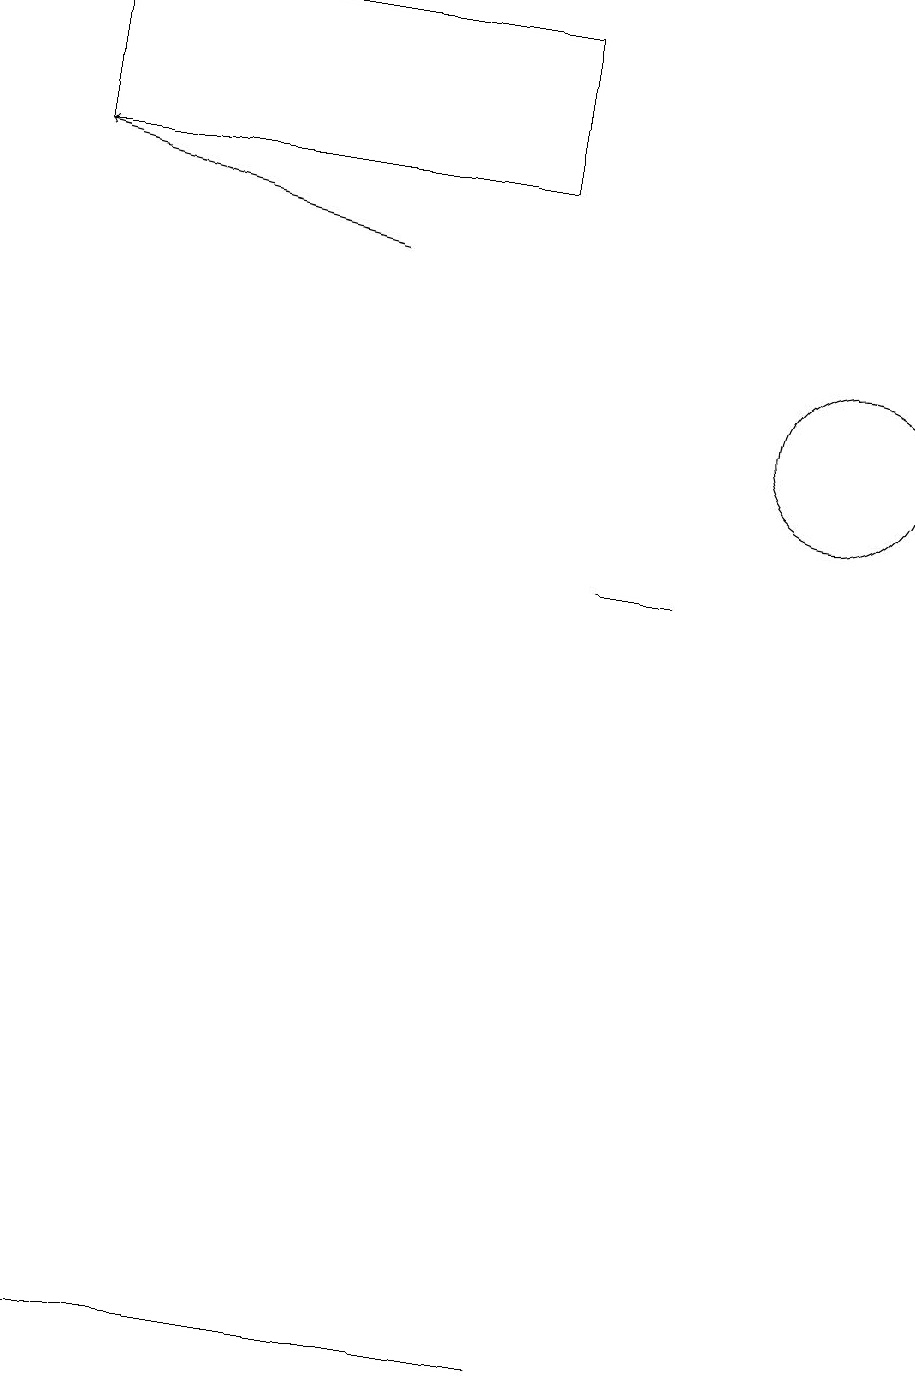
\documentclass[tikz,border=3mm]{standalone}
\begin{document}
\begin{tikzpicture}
\draw (6,17) rectangle (0,15);
\draw[->] (4,14) -- (0,15);
\draw (10,12) circle (1);
\draw (4,0) -- (7,0) -- (1,0) -- cycle;
\draw (8,10) rectangle (7,10);
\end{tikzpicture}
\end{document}